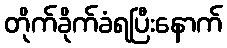
တိုက်ခိုက်ခံရပြီးနောက်